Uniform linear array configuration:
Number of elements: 4
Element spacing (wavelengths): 1
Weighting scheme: kaiser
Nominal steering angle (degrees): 30
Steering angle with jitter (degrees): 29.626
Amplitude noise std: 0.05
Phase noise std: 0.05

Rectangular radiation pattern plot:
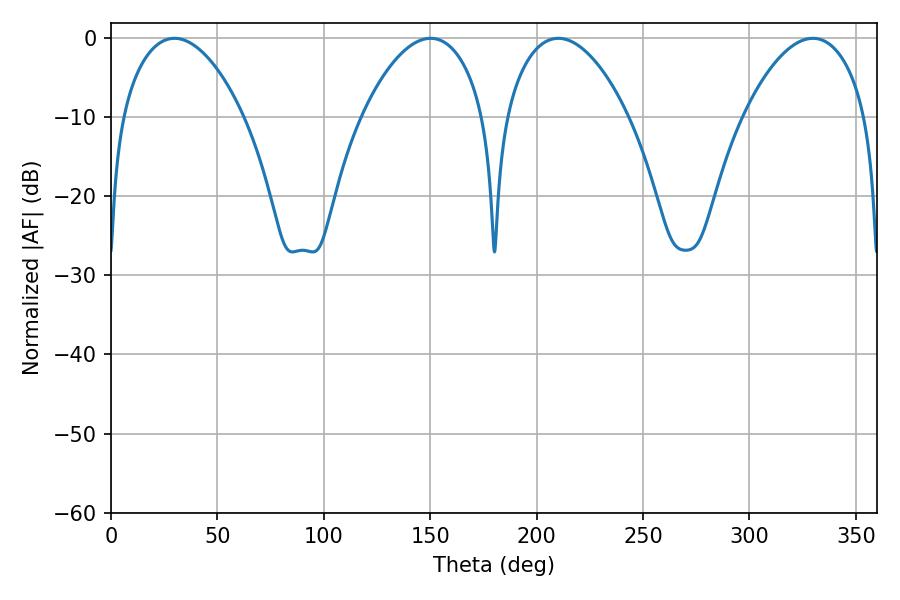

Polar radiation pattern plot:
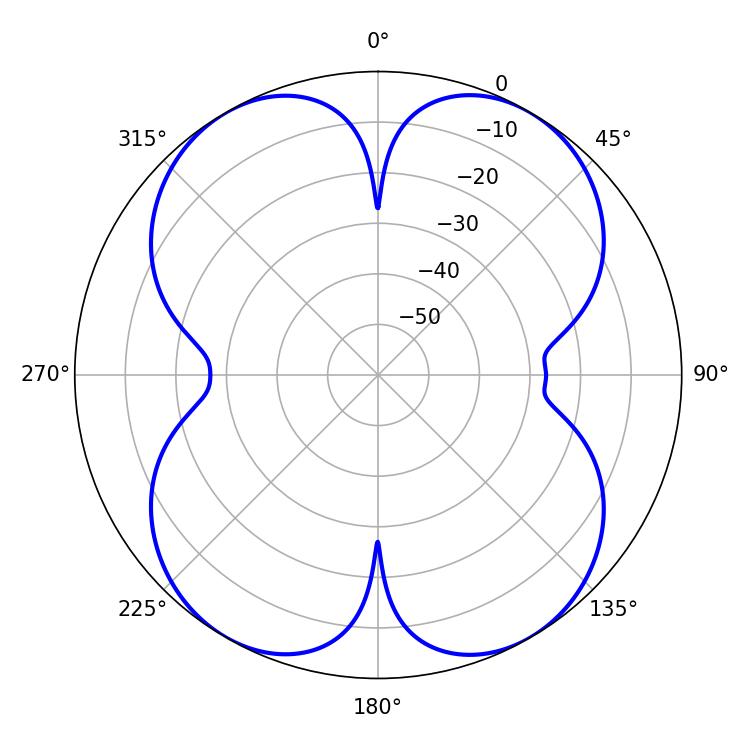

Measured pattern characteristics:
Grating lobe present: TRUE
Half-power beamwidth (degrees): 32.04
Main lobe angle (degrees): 29.88